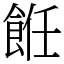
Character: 餁